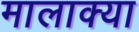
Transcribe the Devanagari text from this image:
मालाक्‍या